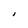
Character: I